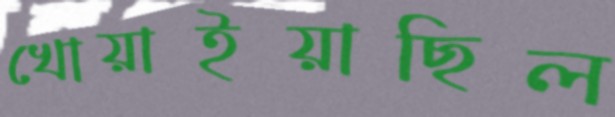
খোয়াইয়াছিল